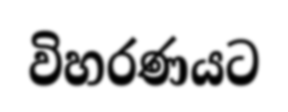
විහරණයට